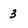
Character: 3